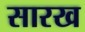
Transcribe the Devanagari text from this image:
सारख